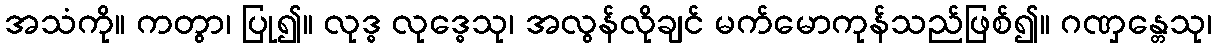
အသံကို။ ကတွာ၊ ပြု၍။ လုဒ္ဓ လုဒ္ဓေသု၊ အလွန်လိုချင် မက်မောကုန်သည်ဖြစ်၍။ ဂဏှန္တေသု၊